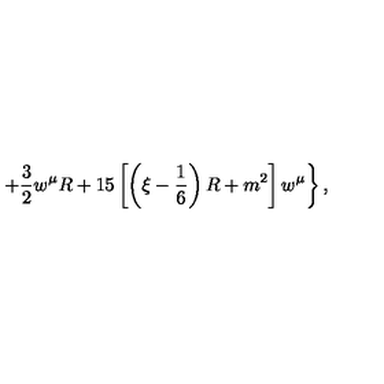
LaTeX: \left. + \frac 3 2 w ^ { \mu } R + 1 5 \left[ \left( \xi - \frac 1 6 \right) R + m ^ { 2 } \right] w ^ { \mu } \right\} ,